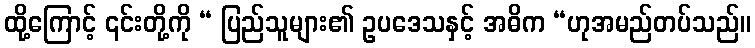
ထို့ကြောင့် ၎င်းတို့ကို “ ပြည်သူများ၏ ဥပဒေသနှင့် အဓိက “ဟုအမည်တပ်သည်။